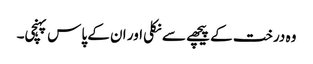
وہ درخت کے پیچھے سے نکلی اور ان کے پاس پہنچی۔